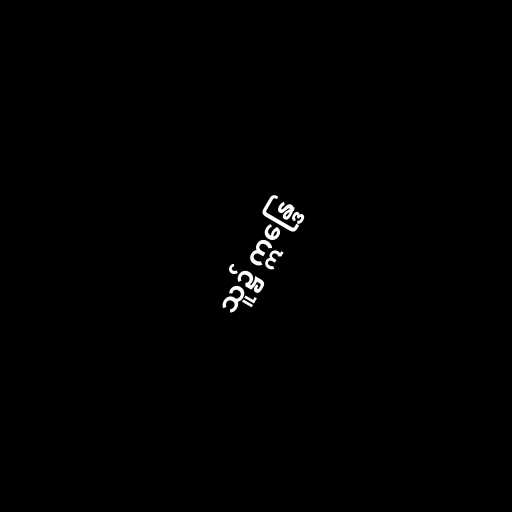
သူ၌ ဣန္ဒြေ